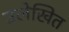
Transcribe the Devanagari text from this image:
उलेखित